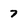
Character: 7